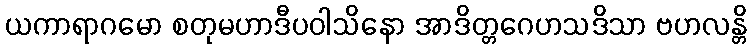
ယကာရာဂမော စတုမဟာဒီပဝါသိနော အာဒိတ္တဂေဟသဒိသာ ဗဟလန္တိ